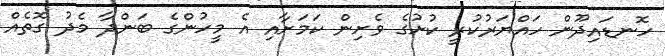
ހޮނޑައިދޫން ހައްޔަރުކުރީ ކުށުގެ ވެށިން ކަމަށާއި އެ މީހުންގެ ބަންދާ މެދު ގޮތެއް